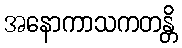
အနောကာသကတန္တိ